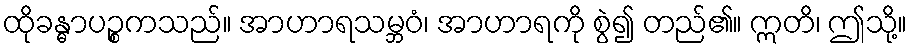
ထိုခန္ဓာပဉ္စကသည်။ အာဟာရသမ္ဘဝံ၊ အာဟာရကို စွဲ၍ တည်၏။ ဣတိ၊ ဤသို့။